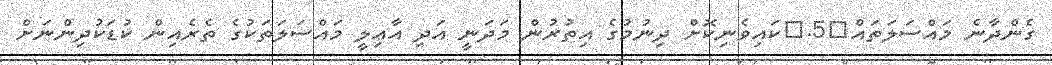
ގެންދާނެ މައްސަލަތައް	5.	ކައިވެނިކޮށް ދިނުމުގެ އިތުރުން މަދަނީ އަދި އާޢިލީ މައްސަލަތަކުގެ ތެރެއިން ކުޑަކުދިންނަށް